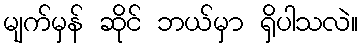
မျက်မှန် ဆိုင် ဘယ်မှာ ရှိပါသလဲ။